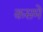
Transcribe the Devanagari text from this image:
क़समे